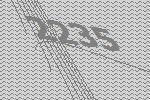
2235